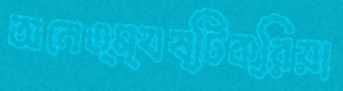
অনেত্ম্যষ্টিক্রিয়া